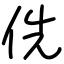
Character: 侁